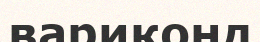
вариконд